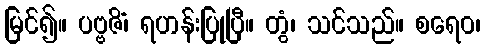
မြင်၍။ ပဗ္ဗဇိံ၊ ရဟန်းပြုပြီ။ တွံ၊ သင်သည်။ စရေဝ၊